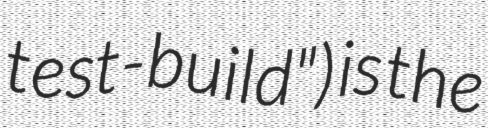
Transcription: test-build") is the